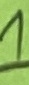
Text: 1